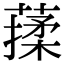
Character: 𦺤